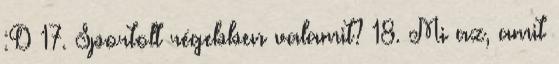
:D 17. Sportolt régebben valamit? 18. Mi az, amit